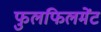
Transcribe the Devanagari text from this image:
फुलफिलमेंट